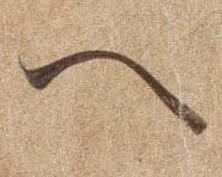
へ